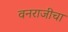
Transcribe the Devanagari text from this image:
वनराजीचा